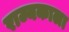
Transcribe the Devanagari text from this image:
राज्यकाला